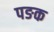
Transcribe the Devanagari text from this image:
पङक